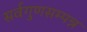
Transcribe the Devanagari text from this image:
सर्वगुणसम्पन्न